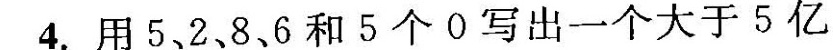
4. 用5、2、8、6和 5 个 0 写出一个大于 5 亿